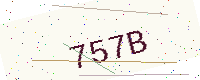
Text: 757B